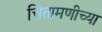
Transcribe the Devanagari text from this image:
चिंतामणीच्या